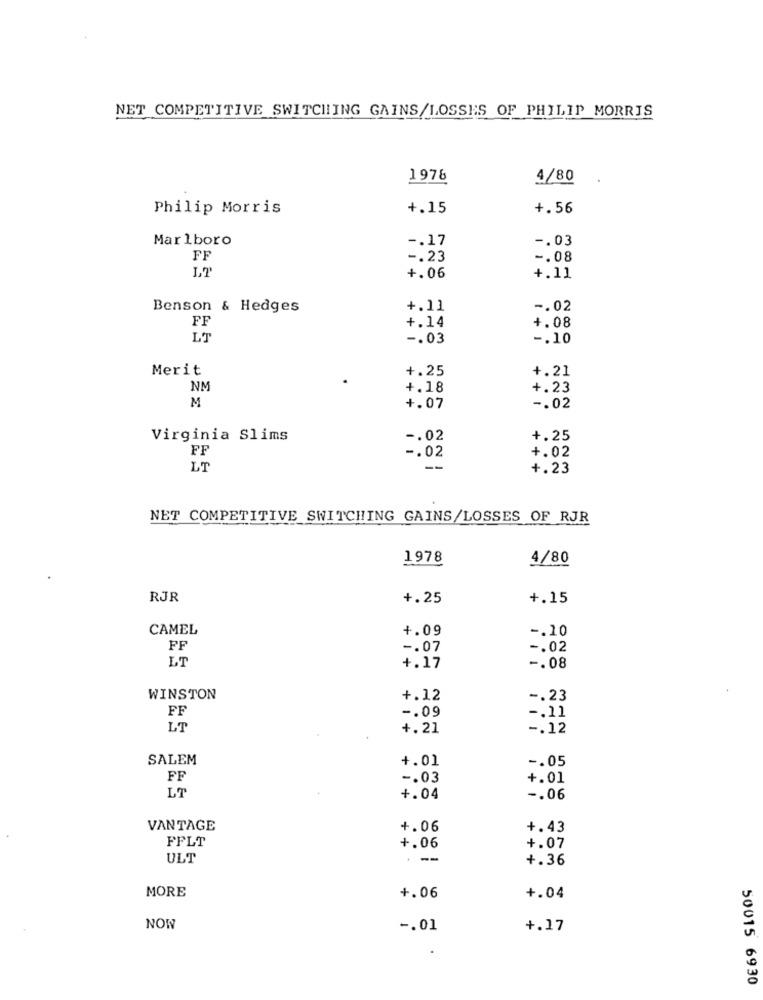
NET COMPETITIVE SWITCHING GAINS/LOSSES OF PHILIP MORRIS
1976
4/80
Philip Morris
+.15
+.56
Marlboro
-. 17
-. 03
FF
-. 23
-. 08
L7
+.06
+.11
Benson & Hedges
+.11
-. 02
FF
+.14
4.08
LT
-. 03
-. 10
Merit
+.25
+.21
NM
+.18
+.23
M
+. 07
-. 02
Virginia Slims
-. 02
+.25
FF
+.02
-. 02
LT
--
+.23
NET COMPETITIVE SWITCHING GAINS/LOSSES OF RJR
1978
4/80
RJR
+.25
+.15
CAMEL
4.09
-. 10
FF
-. 07
-. 02
LT
+.17
-. 08
WINSTON
+.12
-. 23
FF
-. 09
-. 11
LT
+.21
-. 12
SALEM
4.01
-. 05
FF
-. 03
+.01
LT
+.04
-. 06
VANTAGE
+.06
+.43
FFLT
+.06
+.07
ULT
--
+.36
MORE
+.06
+.04
NOW
-. 01
+.17
50015 6930